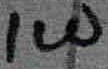
Text: 1W